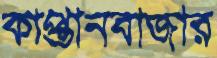
কাপ্তানবাজার